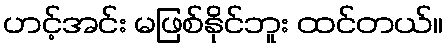
ဟင့်အင်း မဖြစ်နိုင်ဘူး ထင်တယ်။